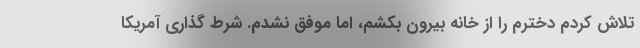
تلاش کردم دخترم را از خانه بیرون بکشم، اما موفق نشدم. شرط گذاری آمریکا